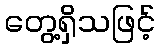
တွေ့ရှိသဖြင့်